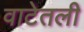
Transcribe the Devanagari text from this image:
वाटेतली